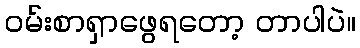
ဝမ်းစာရှာဖွေရတော့ တာပါပဲ။